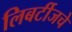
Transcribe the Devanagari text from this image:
लिबर्टीजचे